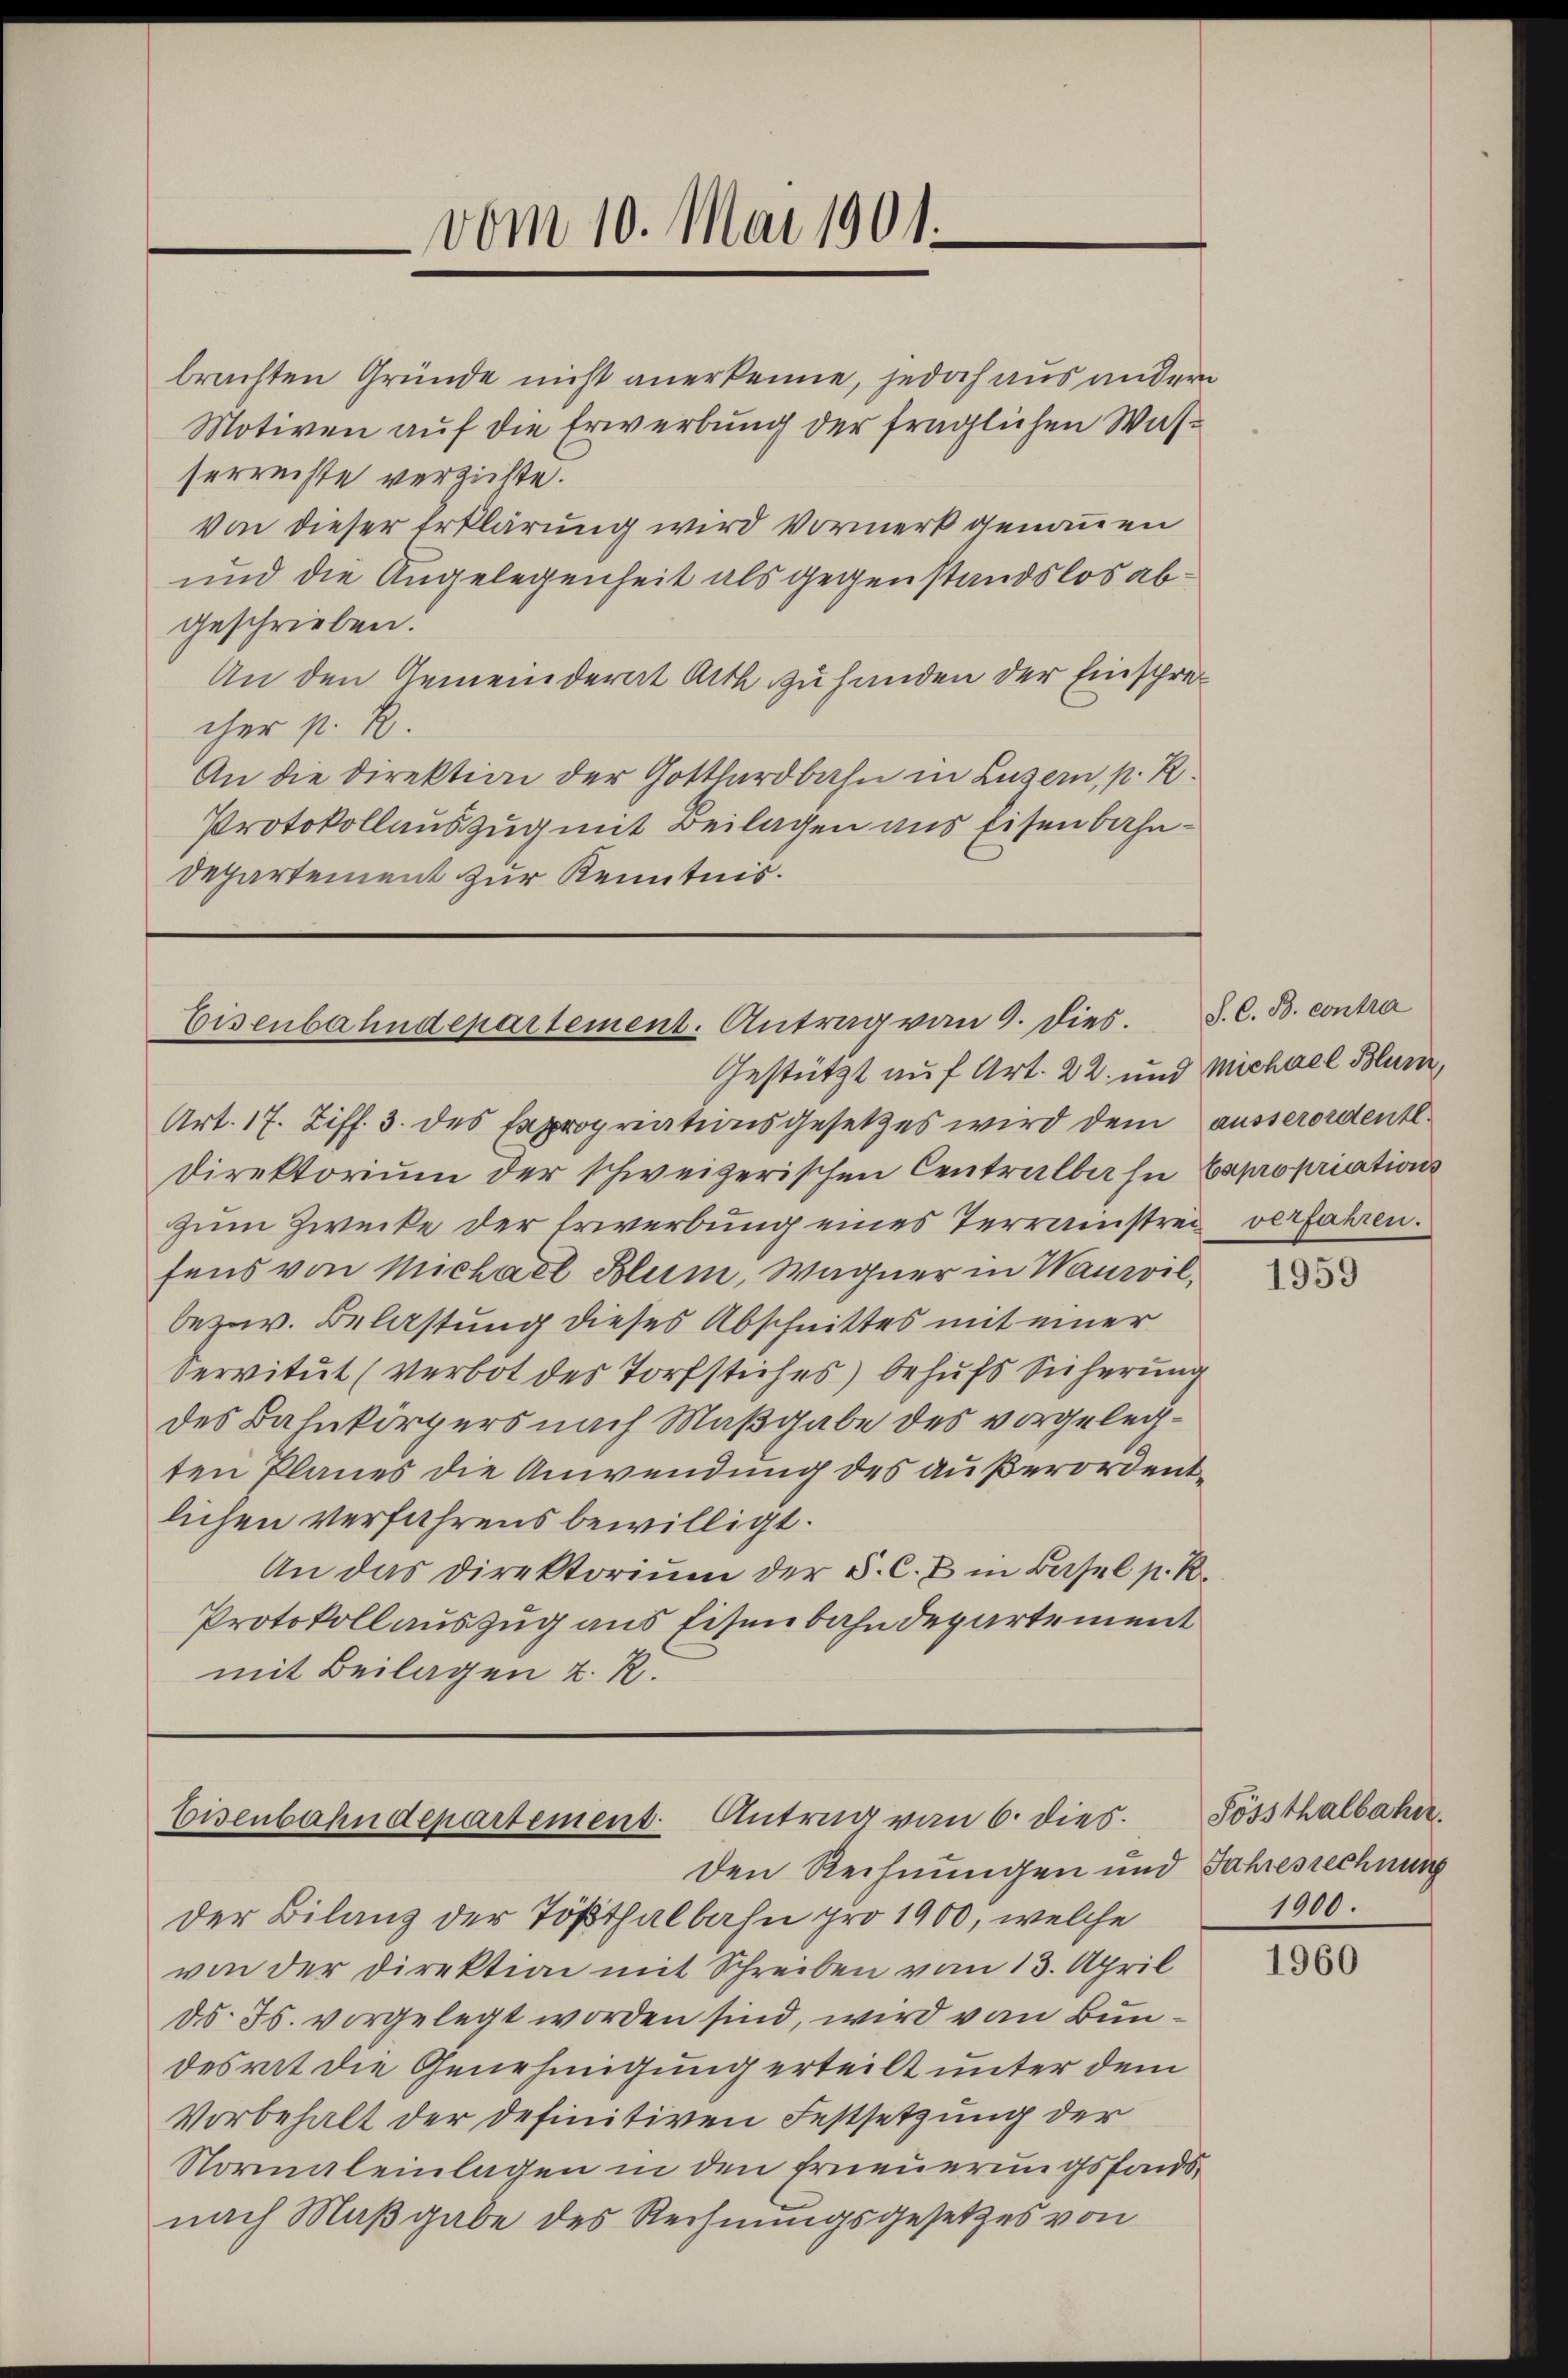
vom 10. Mai 1901.

brachten Gründe nicht anerkenne, jedoch aus andern
Motiven auf die Erwerbung der fraglichen Wasserrechte verzichte.
Von dieser Erklärung wird Vormerk genommen
und die Angelegenheit als gegenstandslos abgeschrieben:
An den Gemeinderat Arth zu handen der Einsprecher p. R.
An die Direktion der Gotthardbahn in Luzern, p. R.
Protokollauszug mit Beilagen aus Eisenbahn¬
Departement zur Kenntnis.

Eisenbahndepartement. Antrag von 9. dies.

Art. 17. Ziff. 3. des Expropriationsgesetzes wird dem ausserordentl.
Direktorium der schweizerischen Centralber in Expropriations
zum Zwecke der Erwerbung eines Terrainstrei verfahren.
fens von Michael Blum, Wagner in Waurvil,
bezw. Belastung dieses Abschnittes mit einer
Servitut (verbot des Torfstiches) behufs Sicherung
des Bahnkörpers nach Maßgabe des vorgelegten Planes die Anwendung des außerordentlichen verfahrens bewilligt.
An das Direktoriŭm der §. C. E in Basel p. R.
Protokollauszug aus Eisenbahndepartement
mit Beilagen u. R.

Gestützt auf Art. 22. und Michael Blum,

Eisenbahndepartement. Antrag von 6. dies
den Rechnungen und Jahresrechnung

der Bilanz der Tößthalbahn pro 1900, welche
von der Direktion mit Schreiben vom 13. April
dd. Js. vorgelegt worden sind, wird von Bundesrat die Genehmigung erteilt unter dem
Vorbehalt der definitiven Festsetzung der
Normaleinlagen in den Erneuerungsfonds
nach Maßgabe des Rechnungsgesetzes von

S. C. B. contra

1959

Sössthalbahre.
1900.

1960